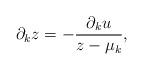
LaTeX: \begin{align*}\partial_k z=-\frac{\partial_ku}{z-\mu_k},\end{align*}